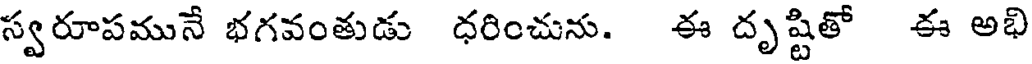
స్వరూపమునే భగవంతుడు ధరించును. ఈ దృష్టితో ఈ అభి